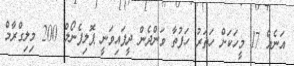
އަނެއް 17 މީހަކަށް ހަތަރު ހަފުތާ ވަންދެން ދީފައިވަނީ ޕޮލިފެނޯލް 200 މިލިގްރާމް